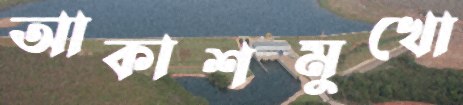
আকাশমুখো